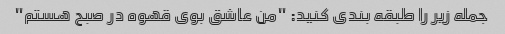
جمله زیر را طبقه بندی کنید: "من عاشق بوی قهوه در صبح هستم"